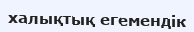
халықтық егемендік